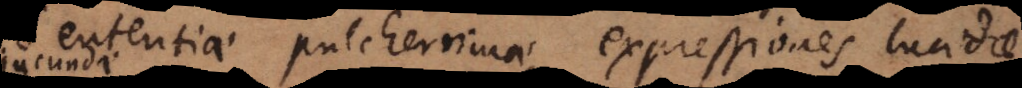
sententiae pulcherrimae, expressiones lucidae